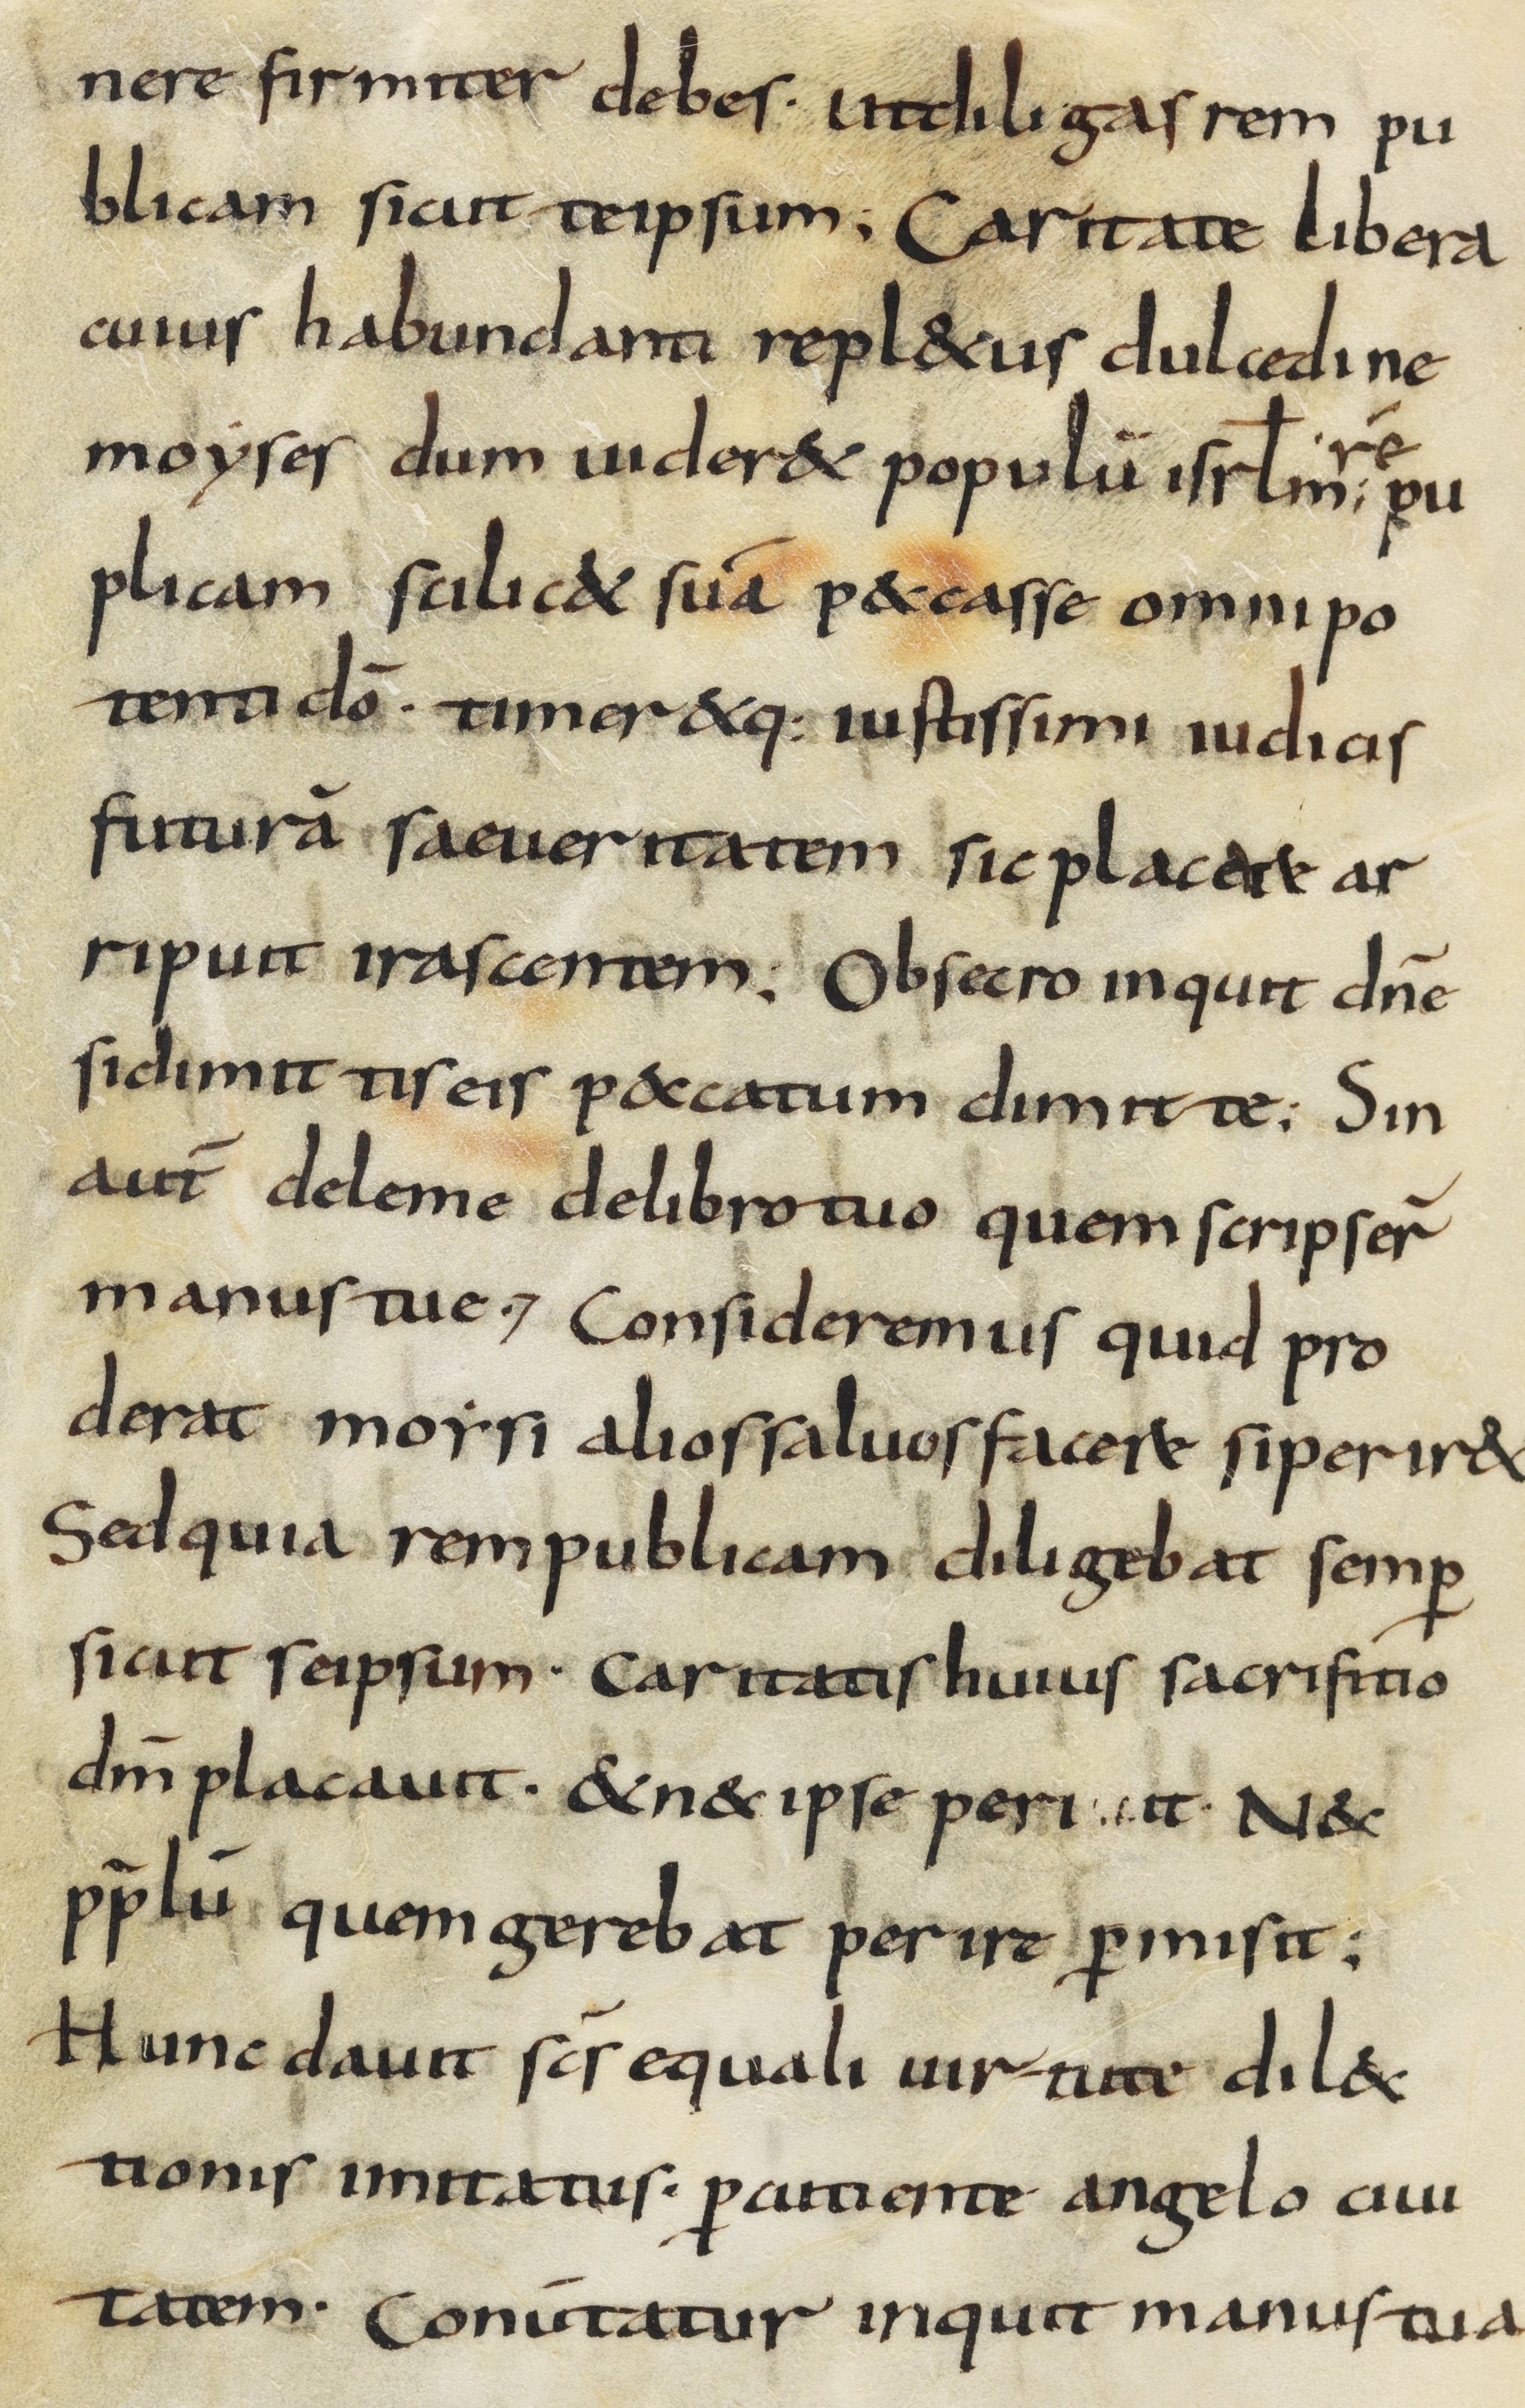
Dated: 800–899